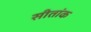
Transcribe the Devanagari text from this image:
सीतांक